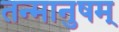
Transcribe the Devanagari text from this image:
तन्मानुषम्